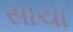
સાચા